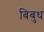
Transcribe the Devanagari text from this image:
बिबुध